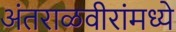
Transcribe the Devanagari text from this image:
अंतराळवीरांमध्ये